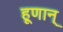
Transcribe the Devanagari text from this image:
हूणान्‌